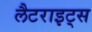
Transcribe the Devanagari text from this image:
लैटराइट्स